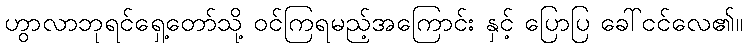
ဟွာလာဘုရင်ရှေ့တော်သို့ ဝင်ကြရမည့်အကြောင်း နှင့် ပြောပြ ခေါ်ငင်လေ၏။